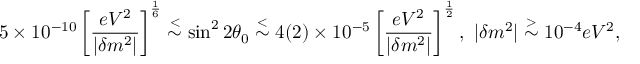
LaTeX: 5 \times 1 0 ^ { - 1 0 } \left[ { \frac { e V ^ { 2 } } { | \delta m ^ { 2 } | } } \right] ^ { \frac { 1 } { 6 } } \stackrel { < } { \sim } \sin ^ { 2 } 2 \theta _ { 0 } \stackrel { < } { \sim } 4 ( 2 ) \times 1 0 ^ { - 5 } \left[ { \frac { e V ^ { 2 } } { | \delta m ^ { 2 } | } } \right] ^ { \frac { 1 } { 2 } } , \ | \delta m ^ { 2 } | \stackrel { > } { \sim } 1 0 ^ { - 4 } e V ^ { 2 } ,